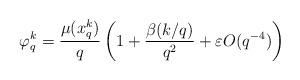
LaTeX: \begin{align*} \varphi_q^k &=\frac{\mu(x_q^k)}{q} \left (1+ \frac{\beta(k/q)}{q^2} + \varepsilon O(q^{-4}) \right ) \end{align*}